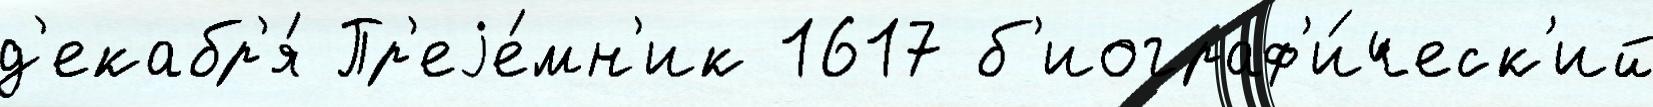
д'екабр'я́ Пр'еjе́мн'ик 1617 б'иограф'и́ческ'ий